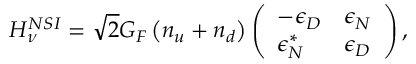
H _ { \nu } ^ { N S I } = \sqrt { 2 } G _ { F } \left( n _ { u } + n _ { d } \right) \left( \begin{array} { l l } { - \epsilon _ { D } } & { \epsilon _ { N } } \\ { \epsilon _ { N } ^ { * } } & { \epsilon _ { D } } \end{array} \right) ,